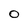
Character: 0